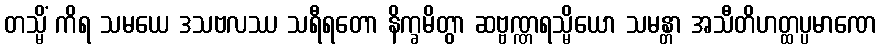
တသ္မိံ ကိရ သမယေ ဒသဗလဿ သရီရတော နိက္ခမိတွာ ဆဗ္ဗဏ္ဏရသ္မိယော သမန္တာ အသီတိဟတ္ထပ္ပမာဏေ